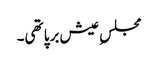
مجلسِ عیش برپا تھی۔